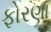
ફોરણા